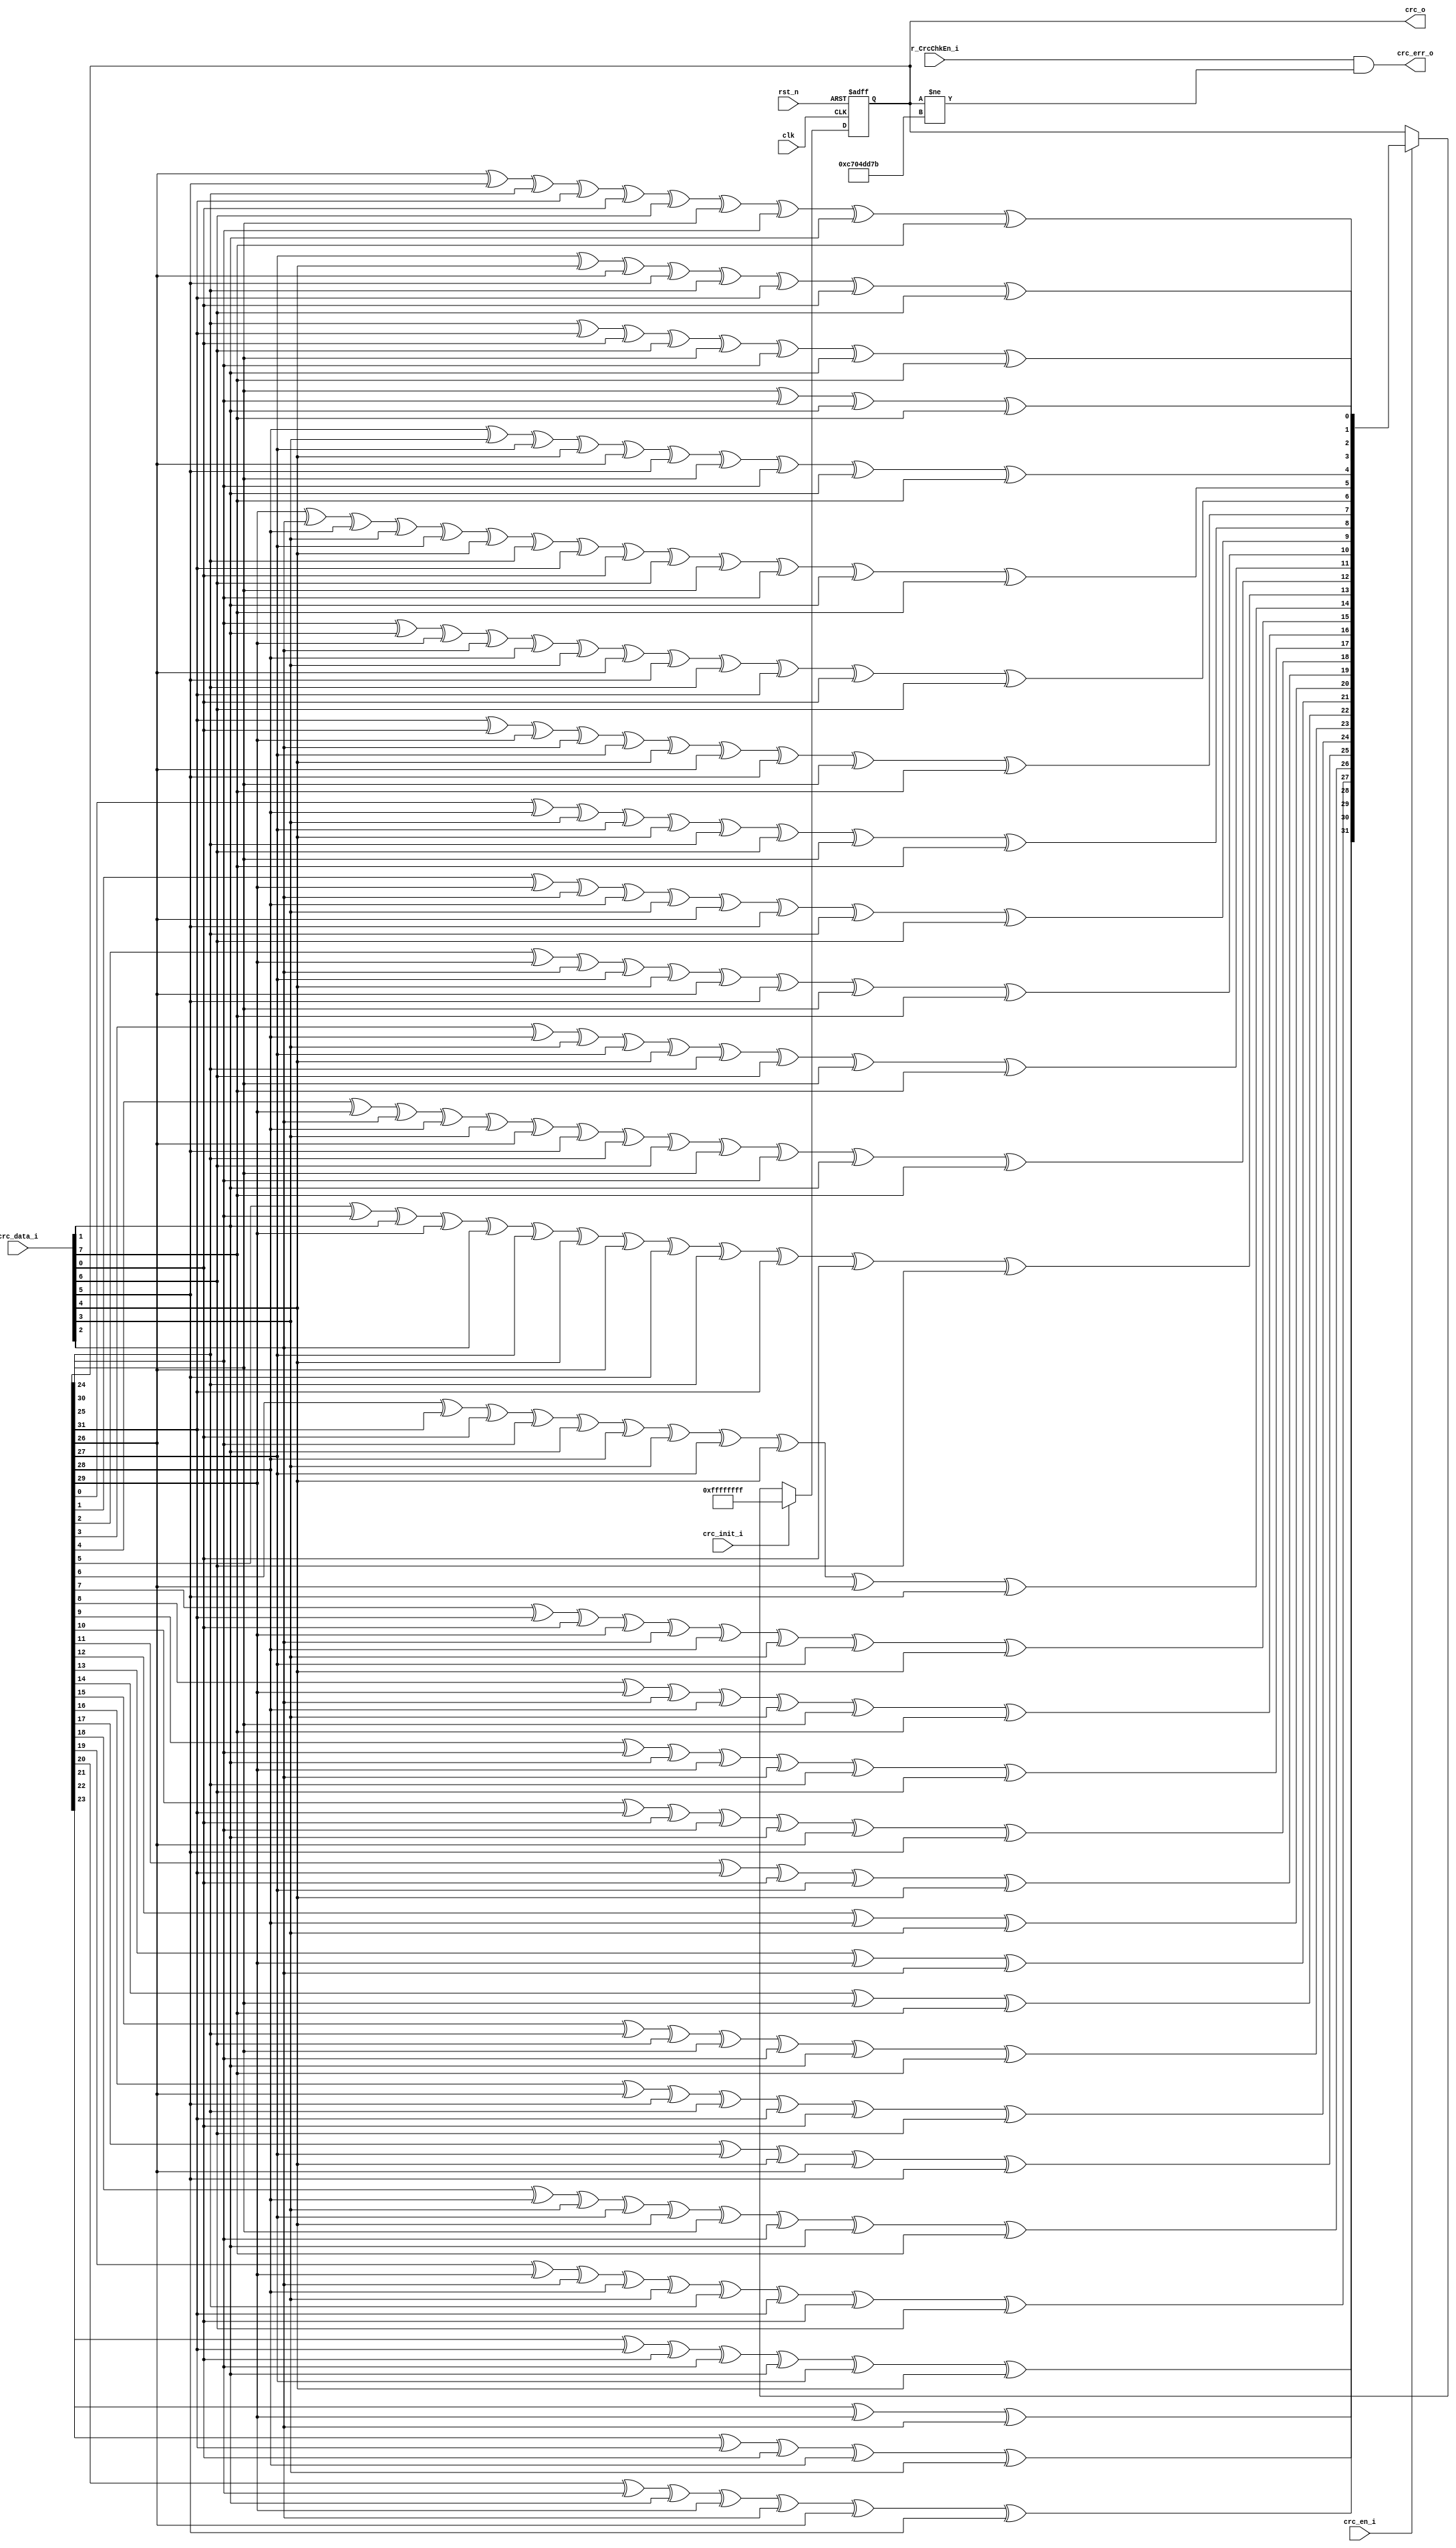
// This program was cloned from: https://github.com/lvzhengde/tsn-soc
// License: BSD 3-Clause "New" or "Revised" License

/*+
 * Copyright (c) 2022-2023 Zhengde
 * 
 * All rights reserved.
 * 
 * Redistribution and use in source and binary forms, with or without
 * modification, are permitted provided that the following conditions are met:
 * 
 * 1 Redistributions of source code must retain the above copyright notice, this
 *   list of conditions and the following disclaimer.
 * 
 * 2 Redistributions in binary form must reproduce the above copyright notice,
 *   this list of conditions and the following disclaimer in the documentation
 *   and/or other materials provided with the distribution.
 * 
 * 3 Neither the name of the copyright holder nor the names of its
 *   contributors may be used to endorse or promote products derived from
 *   this software without specific prior written permission.
 * 
 * THIS SOFTWARE IS PROVIDED BY THE COPYRIGHT HOLDERS AND CONTRIBUTORS "AS IS"
 * AND ANY EXPRESS OR IMPLIED WARRANTIES, INCLUDING, BUT NOT LIMITED TO, THE
 * IMPLIED WARRANTIES OF MERCHANTABILITY AND FITNESS FOR A PARTICULAR PURPOSE ARE
 * DISCLAIMED. IN NO EVENT SHALL THE COPYRIGHT HOLDER OR CONTRIBUTORS BE LIABLE
 * FOR ANY DIRECT, INDIRECT, INCIDENTAL, SPECIAL, EXEMPLARY, OR CONSEQUENTIAL
 * DAMAGES (INCLUDING, BUT NOT LIMITED TO, PROCUREMENT OF SUBSTITUTE GOODS OR
 * SERVICES; LOSS OF USE, DATA, OR PROFITS; OR BUSINESS INTERRUPTION) HOWEVER
 * CAUSED AND ON ANY THEORY OF LIABILITY, WHETHER IN CONTRACT, STRICT LIABILITY,
 * OR TORT (INCLUDING NEGLIGENCE OR OTHERWISE) ARISING IN ANY WAY OUT OF THE USE
 * OF THIS SOFTWARE, EVEN IF ADVISED OF THE POSSIBILITY OF SUCH DAMAGE.
-*/

/*+
 *  EMAC CRC check for received frames
-*/

module emac_crc_chk (
    input               rst_n         ,
    input               clk           ,
    input  [7:0]        crc_data_i    ,
    input               crc_init_i    ,
    input               crc_en_i      ,
    input               r_CrcChkEn_i  ,   //from host interface
    output              crc_err_o     ,
    output [31:0]       crc_o
);
    //++  
    //internal signals                                                              
    //--
    
    reg  [31:0]  crc_reg;

    //input data width is 8bit, and the first bit is bit[0]
    function [31:0]  NextCRC;
        input [7:0]      D;
        input [31:0]     C;
        reg   [31:0]     NewCRC;

        begin
            NewCRC[0]=C[24]^C[30]^D[1]^D[7];
            NewCRC[1]=C[25]^C[31]^D[0]^D[6]^C[24]^C[30]^D[1]^D[7];
            NewCRC[2]=C[26]^D[5]^C[25]^C[31]^D[0]^D[6]^C[24]^C[30]^D[1]^D[7];
            NewCRC[3]=C[27]^D[4]^C[26]^D[5]^C[25]^C[31]^D[0]^D[6];
            NewCRC[4]=C[28]^D[3]^C[27]^D[4]^C[26]^D[5]^C[24]^C[30]^D[1]^D[7];
            NewCRC[5]=C[29]^D[2]^C[28]^D[3]^C[27]^D[4]^C[25]^C[31]^D[0]^D[6]^C[24]^C[30]^D[1]^D[7];
            NewCRC[6]=C[30]^D[1]^C[29]^D[2]^C[28]^D[3]^C[26]^D[5]^C[25]^C[31]^D[0]^D[6];
            NewCRC[7]=C[31]^D[0]^C[29]^D[2]^C[27]^D[4]^C[26]^D[5]^C[24]^D[7];
            NewCRC[8]=C[0]^C[28]^D[3]^C[27]^D[4]^C[25]^D[6]^C[24]^D[7];
            NewCRC[9]=C[1]^C[29]^D[2]^C[28]^D[3]^C[26]^D[5]^C[25]^D[6];
            NewCRC[10]=C[2]^C[29]^D[2]^C[27]^D[4]^C[26]^D[5]^C[24]^D[7];
            NewCRC[11]=C[3]^C[28]^D[3]^C[27]^D[4]^C[25]^D[6]^C[24]^D[7];
            NewCRC[12]=C[4]^C[29]^D[2]^C[28]^D[3]^C[26]^D[5]^C[25]^D[6]^C[24]^C[30]^D[1]^D[7];
            NewCRC[13]=C[5]^C[30]^D[1]^C[29]^D[2]^C[27]^D[4]^C[26]^D[5]^C[25]^C[31]^D[0]^D[6];
            NewCRC[14]=C[6]^C[31]^D[0]^C[30]^D[1]^C[28]^D[3]^C[27]^D[4]^C[26]^D[5];
            NewCRC[15]=C[7]^C[31]^D[0]^C[29]^D[2]^C[28]^D[3]^C[27]^D[4];
            NewCRC[16]=C[8]^C[29]^D[2]^C[28]^D[3]^C[24]^D[7];
            NewCRC[17]=C[9]^C[30]^D[1]^C[29]^D[2]^C[25]^D[6];
            NewCRC[18]=C[10]^C[31]^D[0]^C[30]^D[1]^C[26]^D[5];
            NewCRC[19]=C[11]^C[31]^D[0]^C[27]^D[4];
            NewCRC[20]=C[12]^C[28]^D[3];
            NewCRC[21]=C[13]^C[29]^D[2];
            NewCRC[22]=C[14]^C[24]^D[7];
            NewCRC[23]=C[15]^C[25]^D[6]^C[24]^C[30]^D[1]^D[7];
            NewCRC[24]=C[16]^C[26]^D[5]^C[25]^C[31]^D[0]^D[6];
            NewCRC[25]=C[17]^C[27]^D[4]^C[26]^D[5];
            NewCRC[26]=C[18]^C[28]^D[3]^C[27]^D[4]^C[24]^C[30]^D[1]^D[7];
            NewCRC[27]=C[19]^C[29]^D[2]^C[28]^D[3]^C[25]^C[31]^D[0]^D[6];
            NewCRC[28]=C[20]^C[30]^D[1]^C[29]^D[2]^C[26]^D[5];
            NewCRC[29]=C[21]^C[31]^D[0]^C[30]^D[1]^C[27]^D[4];
            NewCRC[30]=C[22]^C[31]^D[0]^C[28]^D[3];
            NewCRC[31]=C[23]^C[29]^D[2];
            NextCRC=NewCRC;
        end
    endfunction

    always @(posedge clk or negedge rst_n) begin
        if(!rst_n)
            crc_reg <= 32'hffffffff;
        else if(crc_init_i)
            crc_reg <= 32'hffffffff;
        else if(crc_en_i)
            crc_reg <= NextCRC(crc_data_i, crc_reg);
    end
    
    assign crc_err_o = r_CrcChkEn_i & (crc_reg[31:0] != 32'hc704dd7b);
    assign crc_o = crc_reg;

endmodule